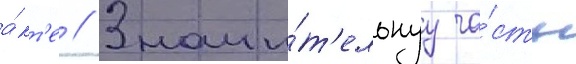
а́кт'е // Значи́т'ельнуу ча́сть